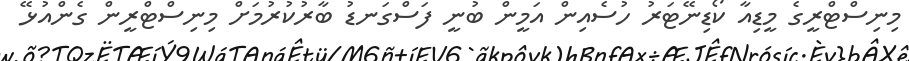
މިނިސްޓްރީގެ މީޑިއާ ކޯޑިނޭޓަރު ހުސެއިން އަމީން ބުނީ ފަސްގަނޑު ބާރުކުރުމަށް މިނިސްޓްރީން ގެންއުޅޭ